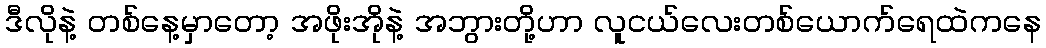
ဒီလိုနဲ့ တစ်နေ့မှာတော့ အဖိုးအိုနဲ့ အဘွားတို့ဟာ လူငယ်လေးတစ်ယောက်ရေထဲကနေ